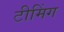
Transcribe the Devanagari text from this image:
टीमिंग